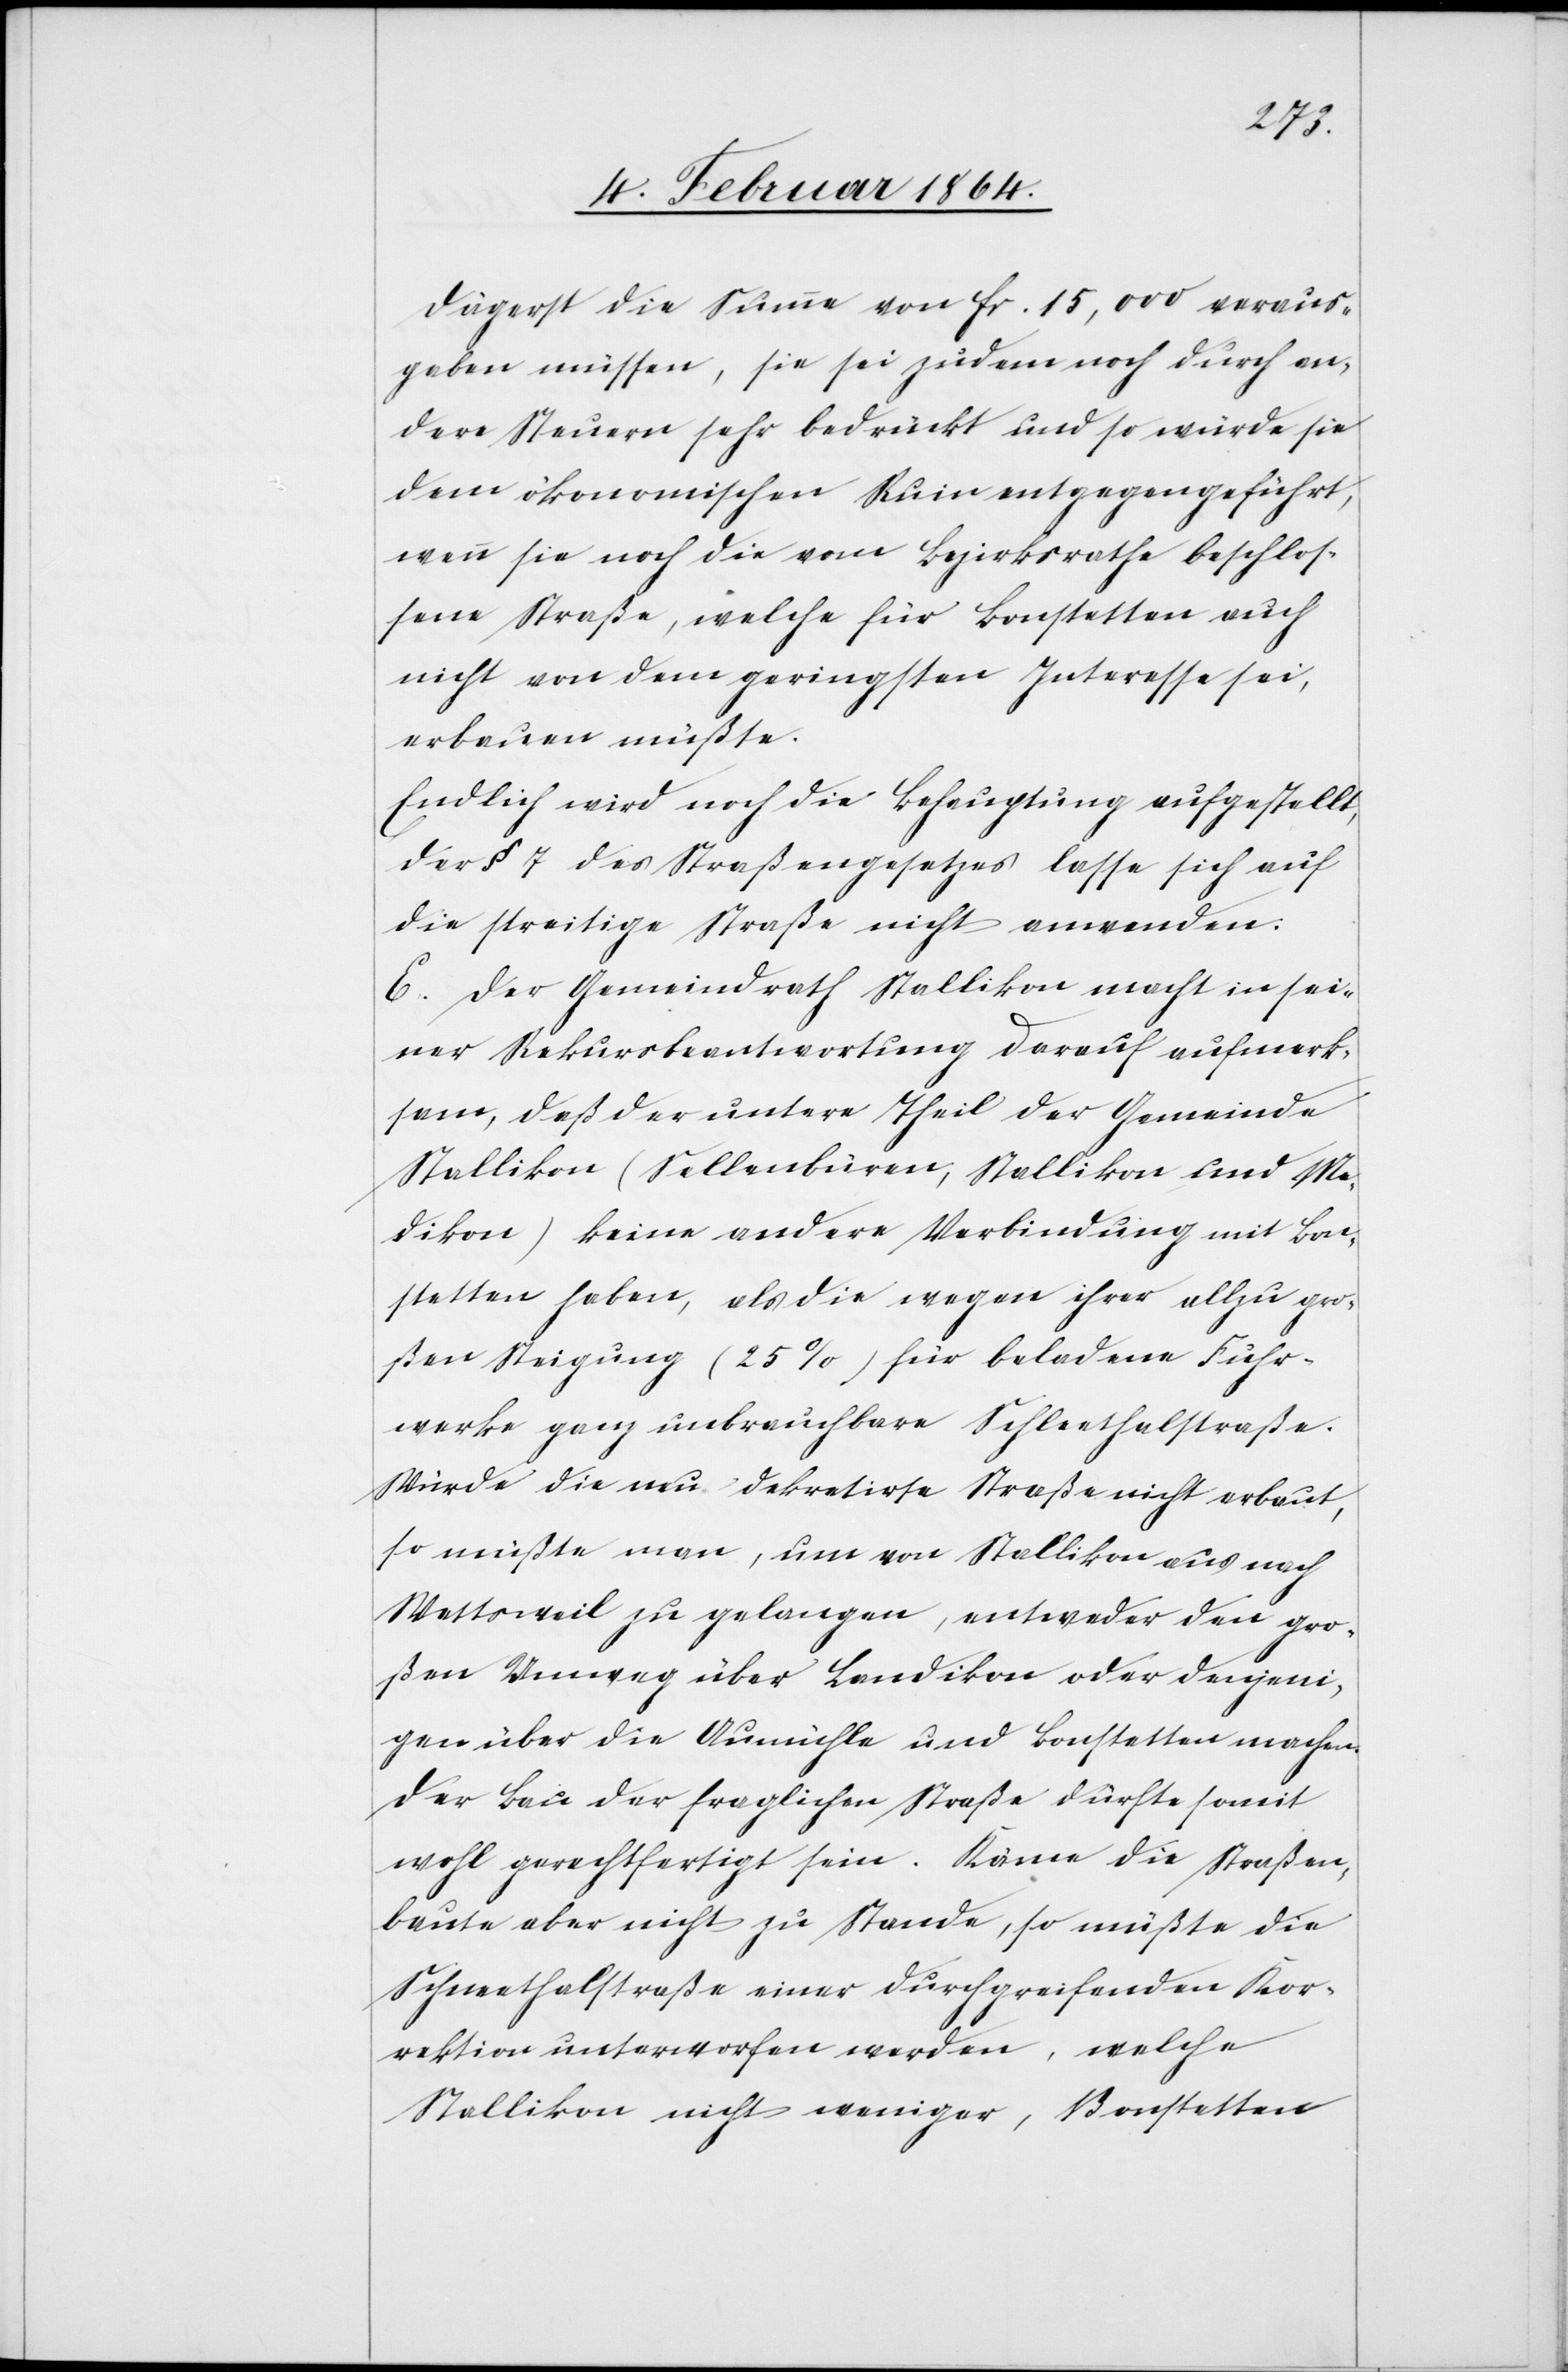
Dägerst die Summa von fr. 15,000 voraus¬
geben müssen, sie sei zudem noch durch an¬
dere Steuern sehr bedrückt und so würde sie
dem ökonomischen Ruin entgegen geführt,
wenn sie noch die vom Bezirksrathe beschlos¬
sene Straße, welche für Bonstetten auch
nicht von dem geringsten Interesse sei,
erbauen müßte.
Endlich wird noch die Behauptung aufgestellt,
der § 7 des Straßengesetzes lasse sich auf
die streitige Straße nicht anwenden.
E. Der Gemeindrath Stallikon macht in sei¬
ner Rekursbeantwortung darauf aufmerk¬
sam, daß der untere Theil der Gemeinde
Stallikon (Sellenbüren, Stallikon und Me¬
dikon) keine andere Verbindung mit Bon¬
stetten haben, als die wegen ihrer allzu gro¬
ßen Steigung (25%) für beladene Fuhr¬
werke ganz unbrauchbare Schleethalstraße.
Würde die neu dekretirte Straße nicht erbaut,
so müßte man, um von Stallikon aus nach
Wettsweil zu gelangen, entweder den gro¬
ßen Umweg über Landikon oder denjeni¬
gen über die Aumühle und Bonstetten machen.
Der Bau der fraglichen Straße dürfte somit
wohl gerechtfertigt sein. Käme die Straßen¬
baute aber nicht zu Stande, so müßte die
Schneethalstrasse einer durchgreifenden Kor¬
rektion unterworfen werden, welche
Stallikon nicht weniger, Bonstetten